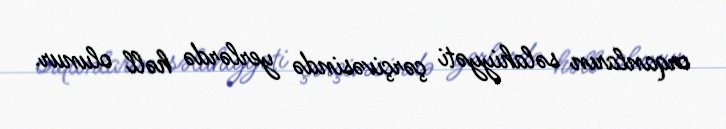
orqanların səlahiyyəti çərçivəsində yerlərdə həll olunur.